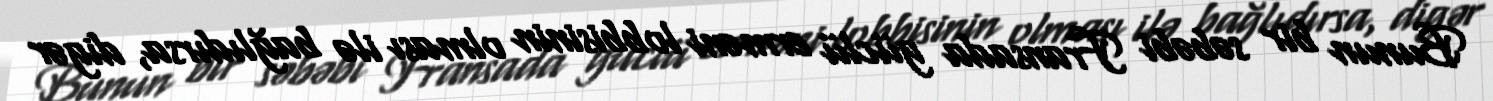
Bunun bir səbəbi Fransada güclü erməni lobbisinin olması ilə bağlıdırsa, digər